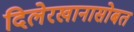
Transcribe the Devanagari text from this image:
दिलेरखानासोबत